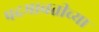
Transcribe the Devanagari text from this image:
पदमावतीच्या